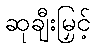
ဆုချီးမြှင့်